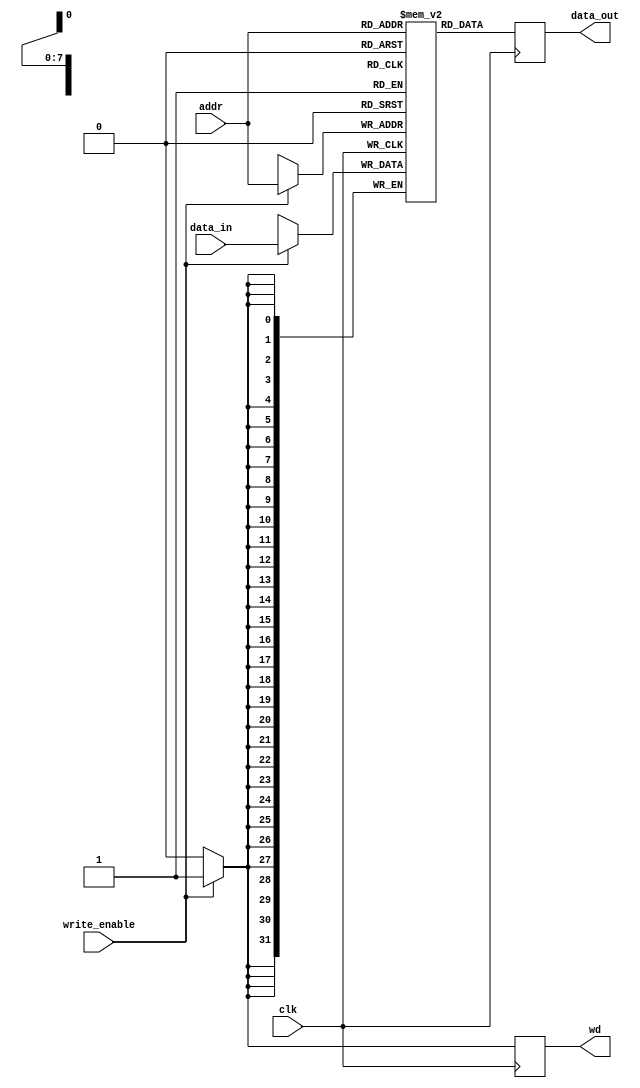
module DataMem (
    input wire [7:0] addr,
    input wire [31:0] data_in,
    input wire write_enable,
    input wire clk,
    output reg [31:0] data_out,
    output reg wd
);

    reg [31:0] mem [255:0]; // Define memory with 256 entries, each 32 bits wide

    always @(posedge clk) begin
        if (write_enable) begin
            mem[addr] <= data_in;
            wd <= 1; // Assuming wd is a write-done signal
        end else begin
            wd <= 0;
        end

        data_out <= mem[addr];
    end

endmodule